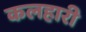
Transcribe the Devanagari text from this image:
कलहारी